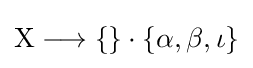
\mathrm {X} \longrightarrow \{\}\cdot \{\alpha ,\beta ,\iota \}